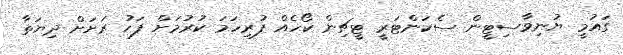
ގައުމީ ޔުނިވާސިޓީން ސެކަންޓަރީ ޓީޗިން ކޯހެއް ފުރިހަމަ ކުރުމަށް ފަހު ރަށަށް ދިޔަތާ